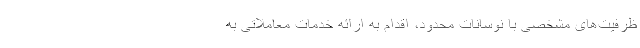
ظرفیت‌‌های مشخصی با نوسانات محدود، اقدام به ارائه خدمات معاملاتی به